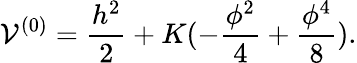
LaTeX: {\cal V}^{(0)}=\frac{h^{2}}{2}+K(-\frac{\phi^{2}}{4}+\frac{\phi^{4}}{8}).